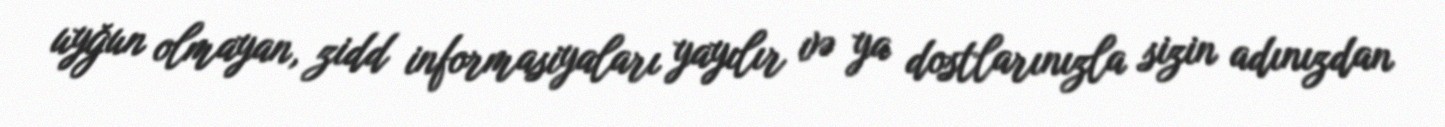
uyğun olmayan, zidd informasiyaları yayılır və ya dostlarınızla sizin adınızdan